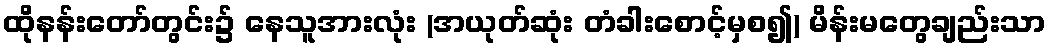
ထိုနန်းတော်တွင်း၌ နေသူအားလုံး (အယုတ်ဆုံး တံခါးစောင့်မှစ၍) မိန်းမတွေချည်းသာ